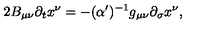
2 B _ { \mu \nu } \partial _ { t } x ^ { \nu } = - ( \alpha ^ { \prime } ) ^ { - 1 } g _ { \mu \nu } \partial _ { \sigma } x ^ { \nu } ,